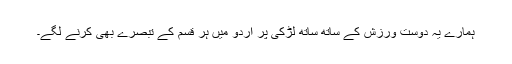
ہمارے یہ دوست ورزش کے ساتھ ساتھ لڑکی پر اردو میں ہر قسم کے تبصرے بھی کرنے لگے۔